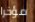
مؤخرا